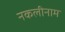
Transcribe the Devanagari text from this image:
नकलीनाम